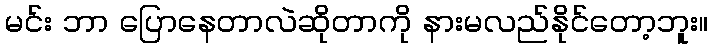
မင်း ဘာ ပြောနေတာလဲဆိုတာကို နားမလည်နိုင်တော့ဘူး။